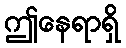
ဤနေရာရှိ